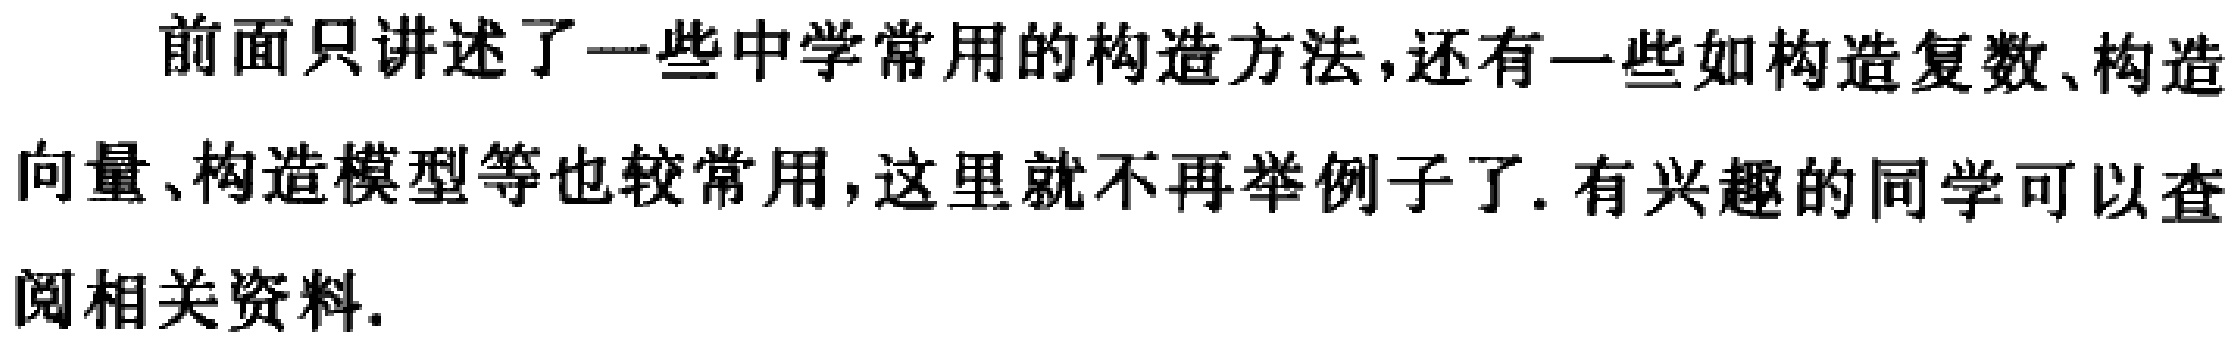
前面只讲述了一些中学常用的构造方法,还有一些如构造复数、构造向量、构造模型等也较常用,这里就不再举例子了.有兴趣的同学可以查阅相关资料.